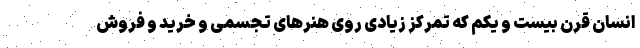
انسان قرن بیست و یکم که تمرکز زیادی روی هنرهای تجسمی و خرید و فروش